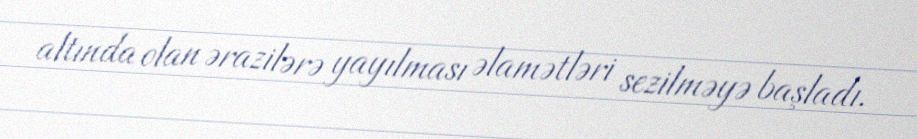
altında olan ərazilərə yayılması əlamətləri sezilməyə başladı.